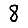
Digit: 8